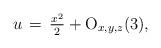
LaTeX: \begin{align*}u\,=\,\tfrac{x^2}{2}+{\rm O}_{x,y,z}(3),\end{align*}